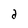
Character: d